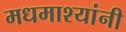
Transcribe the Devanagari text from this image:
मधमाश्यांनी